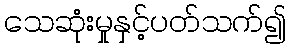
သေဆုံးမှုနှင့်ပတ်သက်၍